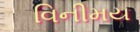
વિનીમય